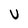
Character: U